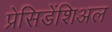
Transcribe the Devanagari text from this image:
प्रेसिडेंशिअल